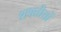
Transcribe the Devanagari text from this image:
शक्तीयों